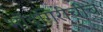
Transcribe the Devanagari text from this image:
भोंदूगिरीचीच